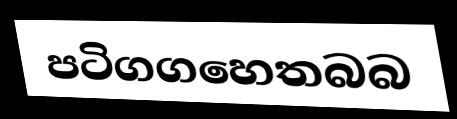
පටිගගහෙතබබ